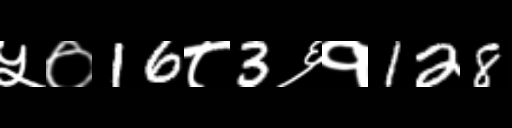
Text: ५०16८3६१128